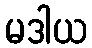
မဒါယ